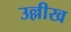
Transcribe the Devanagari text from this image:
उल्लीख